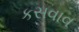
કસવાવ